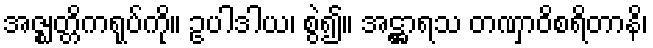
အဇ္ဈတ္တိကရုပ်ကို။ ဥပါဒါယ၊ စွဲ၍။ အဋ္ဌာရသ တဏှာဝိစရိတာနိ၊